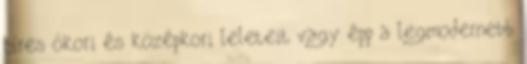
híres ókori és középkori leleteit vagy épp a legmodernebb